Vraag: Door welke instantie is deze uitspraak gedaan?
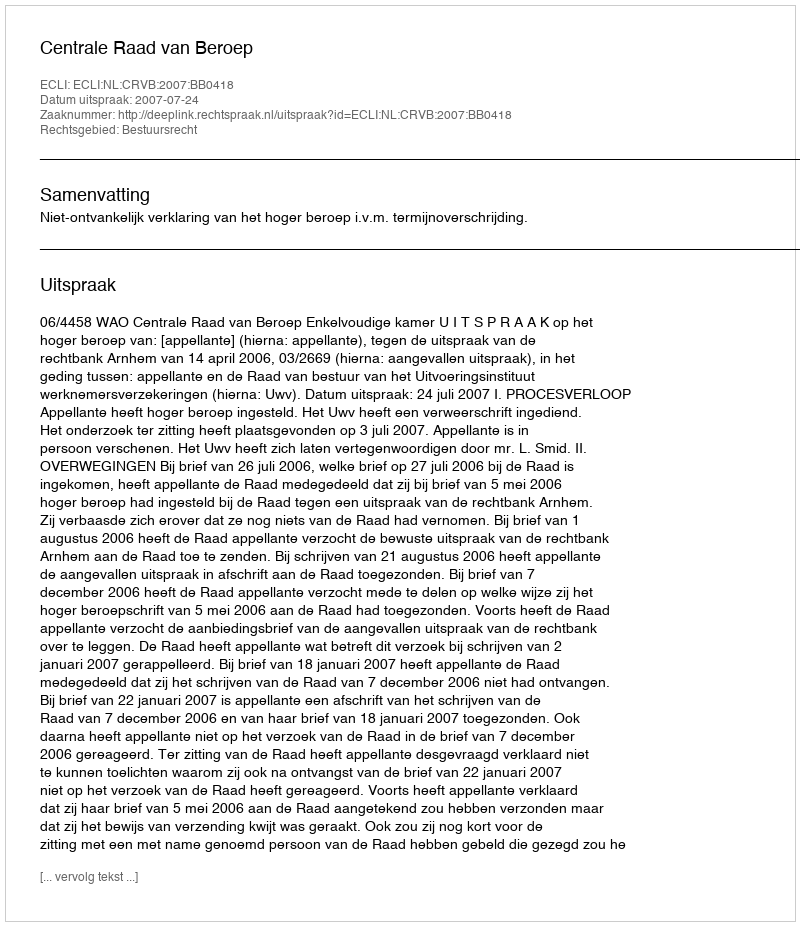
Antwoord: Centrale Raad van Beroep